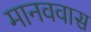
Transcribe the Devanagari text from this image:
मानववास